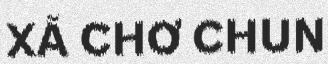
XÃ CHƠ CHUN